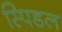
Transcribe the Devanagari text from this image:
स्पिडल